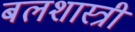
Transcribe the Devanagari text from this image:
बलशास्त्री